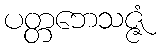
ပတ္တဘေသဇ္ဇံ